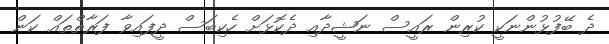
ދެ ބޭފުޅުންނަކީ ކުރިން ރައީސް ނަޝީދާއި ދެކޮޅަށް ހެކިބަސް ދީފައިވާ ފަރާތްތައް ކަން